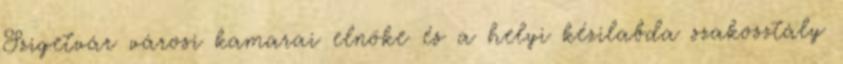
Szigetvár városi kamarai elnöke és a helyi kézilabda szakosztály